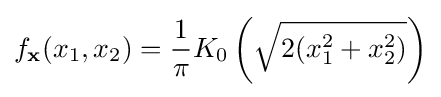
f_{\mathbf {x} }(x_{1},x_{2})={\frac {1}{\pi }}K_{0}\left({\sqrt {2(x_{1}^{2}+x_{2}^{2})}}\right)